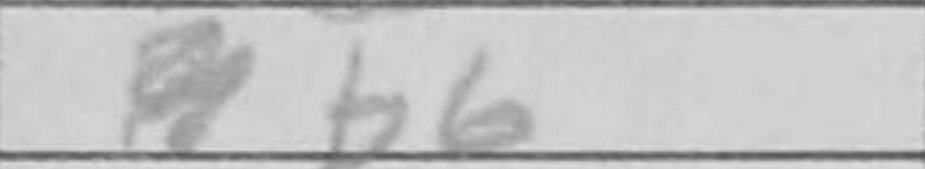
Transcription: b6